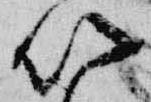
以